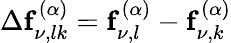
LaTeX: \Delta\mathbf{f}_{\nu,lk}^{(\alpha)}=\mathbf{f}_{\nu,l}^{(\alpha)}-\mathbf{f}_{\nu,k}^{(\alpha)}